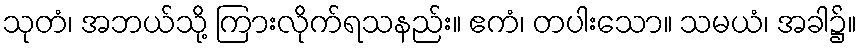
သုတံ၊ အဘယ်သို့ ကြားလိုက်ရသနည်း။ ဧကံ၊ တပါးသော။ သမယံ၊ အခါ၌။